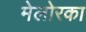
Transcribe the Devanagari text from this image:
मेलोरका